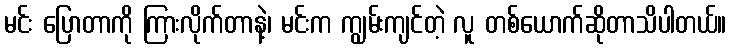
မင်း ပြောတာကို ကြားလိုက်တာနဲ့၊ မင်းက ကျွမ်းကျင်တဲ့ လူ တစ်ယောက်ဆိုတာသိပါတယ်။